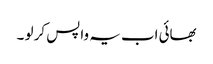
بھائی اب یہ واپس کر لو ۔